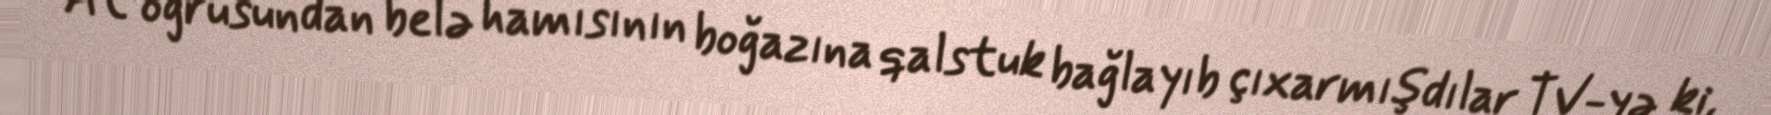
At oğrusundan belə hamısının boğazına qalstuk bağlayıb çıxarmışdılar TV-yə ki,